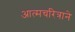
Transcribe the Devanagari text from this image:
आत्मचरित्राने